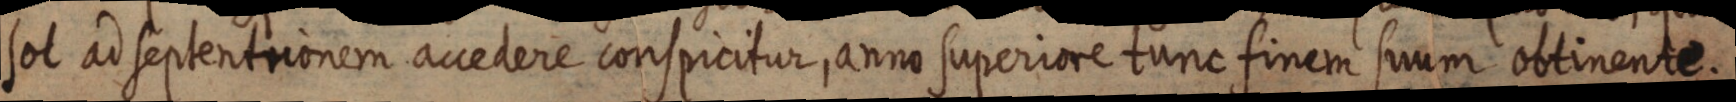
sol ad septentrionem accedere conspicitur, anno superiore tunc finem suum obtinente.